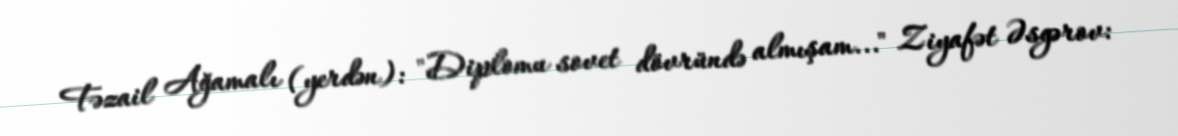
Fəzail Ağamalı (yerdən): "Diplomu sovet dövründə almışam..." Ziyafət Əsgərov: